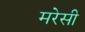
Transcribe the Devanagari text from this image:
मरेसी